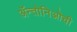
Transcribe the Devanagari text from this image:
ॲन्तोनिओची